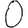
Digit: 0